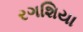
રગશિયા